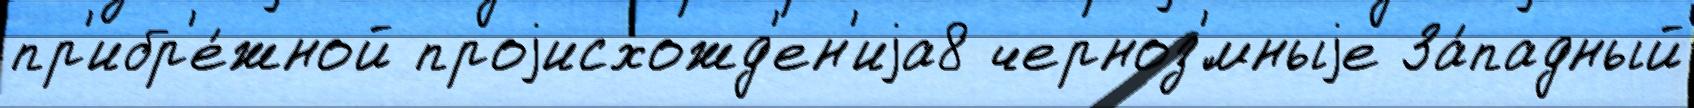
пр'ибр'е́жной проjисхожд'ен'иjа8 черноз'́мныjе За́падный